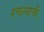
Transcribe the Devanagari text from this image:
रचल्याची